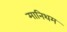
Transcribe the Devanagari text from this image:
मानिथम